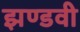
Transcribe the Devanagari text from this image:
झण्डवी